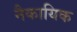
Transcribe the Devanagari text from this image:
नैकायिक